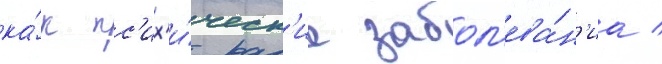
ка́к пс'их'и́ческ'ие забол'ева́н'иа /